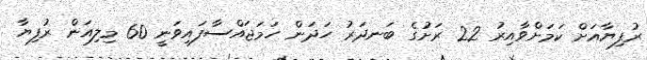
ރުފިޔާއަށް ކަމަށްވާއިރު 22 ރަށުގެ ބަނދަރު ހަދަން ހަމަޖައްސާފައިވަނީ 60 މިލިއަން ރުފިޔާ